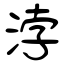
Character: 浡